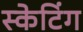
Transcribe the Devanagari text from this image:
स्‍केटिंग